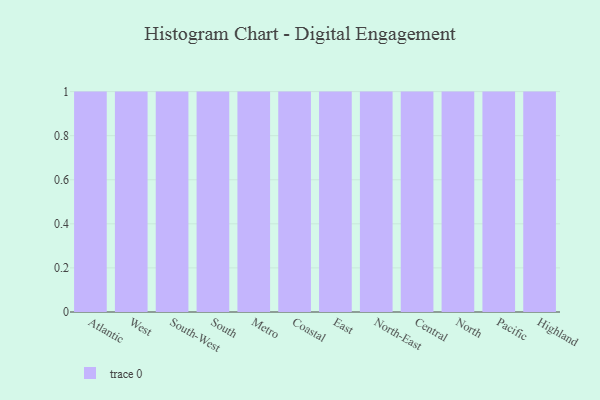
{"axis": {"x": "Region", "y": "Headcount"}, "legend": [""], "data": [{"x": "Atlantic", "y": 83, "type": ""}, {"x": "West", "y": 23, "type": ""}, {"x": "South-West", "y": 61, "type": ""}, {"x": "South", "y": 54, "type": ""}, {"x": "Metro", "y": 72, "type": ""}, {"x": "Coastal", "y": 21, "type": ""}, {"x": "East", "y": 8, "type": ""}, {"x": "North-East", "y": 56, "type": ""}, {"x": "Central", "y": 34, "type": ""}, {"x": "North", "y": 46, "type": ""}, {"x": "Pacific", "y": 71, "type": ""}, {"x": "Highland", "y": 70, "type": ""}]}